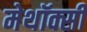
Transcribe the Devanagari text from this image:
मेथॉक्सी